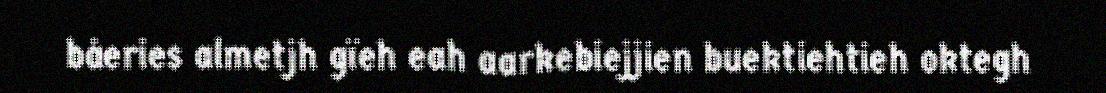
båeries almetjh gïeh eah aarkebiejjien buektiehtieh oktegh